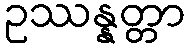
ဥဿန္နတ္တာ